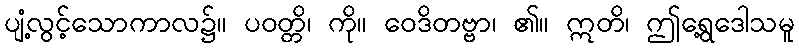
ပျံ့လွင့်သောကာလ၌။ ပဝတ္တိ၊ ကို။ ဝေဒိတဗ္ဗာ၊ ၏။ ဣတိ၊ ဤရွေ့ဒေါသမူ